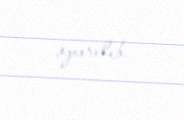
aparılıb.